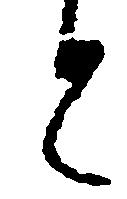
と